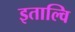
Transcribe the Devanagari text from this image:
इताल्वि